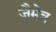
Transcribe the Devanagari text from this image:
जैमेत्र